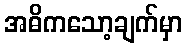
အဓိကသော့ချက်မှာ